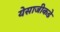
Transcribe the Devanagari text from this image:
येसाजीकडे